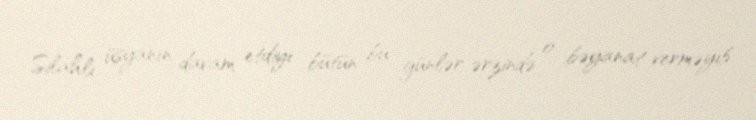
Silahlı üsyanın davam etdiyi bütün bu günlər ərzində o bəyanat verməyib.